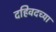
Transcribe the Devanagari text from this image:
दहिवदच्या